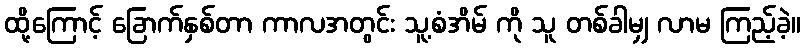
ထို့ကြောင့် ခြောက်နှစ်တာ ကာလအတွင်း သူ့စံအိမ် ကို သူ တစ်ခါမျှ လာမ ကြည့်ခဲ့။